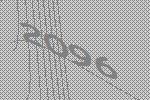
2096